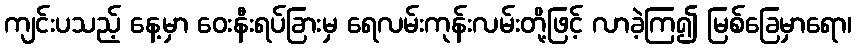
ကျင်းပသည့် နေ့မှာ ဝေးနီးရပ်ခြားမှ ရေလမ်းကုန်းလမ်းတို့ဖြင့် လာခဲ့ကြ၍ မြစ်ခြေမှာရော၊